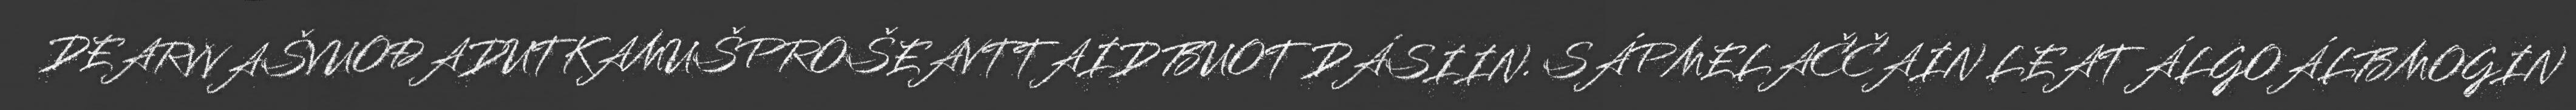
DEARVVAŠVUOĐADUTKAMUŠPROŠEAVTTAID BUOT DÁSIIN. SÁPMELAČČAIN LEAT ÁLGOÁLBMOGIN